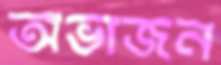
অভাজন